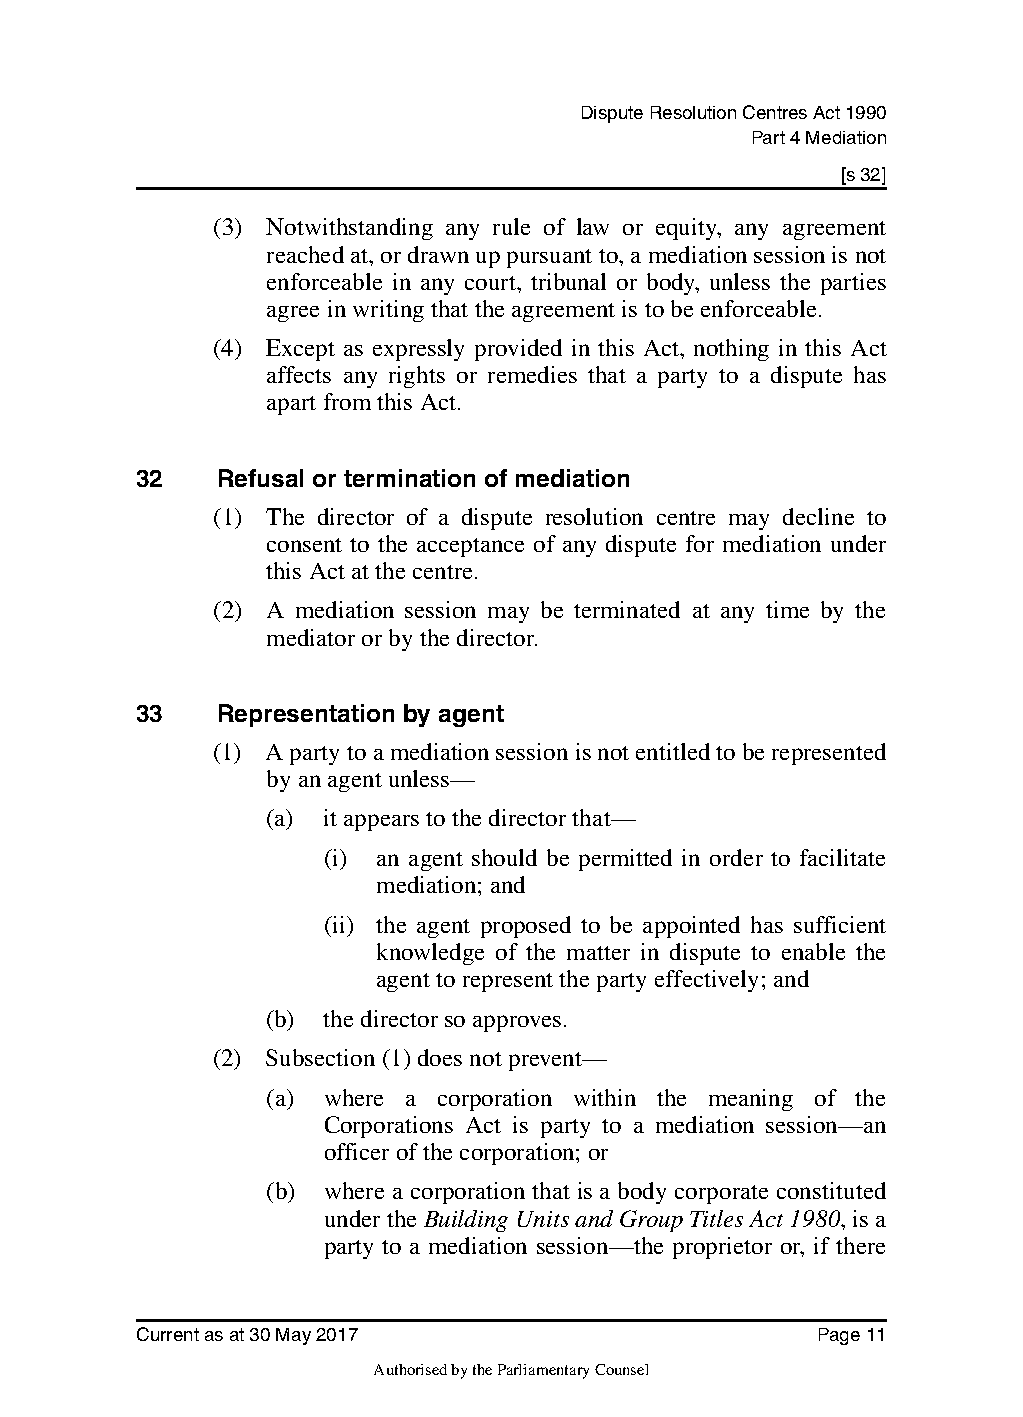
Dispute Resolution Centres Act 1990
 Part 4 Mediation
 [s 32]
 (3) Notwithstanding any rule of law or equity, any agreement
 reached at, or drawn up pursuant to, a mediation session is not
 enforceable in any court, tribunal or body, unless the parties
 agree in writing that the agreement is to be enforceable.
 (4) Except as expressly provided in this Act, nothing in this Act
 affects any rights or remedies that a party to a dispute has
 apart from this Act.
 32    Refusal or termination of mediation
 (1) The director of a dispute resolution centre may decline to
 consent to the acceptance of any dispute for mediation under
 this Act at the centre.
 (2) A mediation session may be terminated at any time by the
 mediator or by the director.
 33    Representation by agent
 (1) A party to a mediation session is not entitled to be represented
 by an agent unless—
 (a) it appears to the director that—
 (i) an agent should be permitted in order to facilitate
 mediation; and
 (ii) the agent proposed to be appointed has sufficient
 knowledge of the matter in dispute to enable the
 agent to represent the party effectively; and
 (b) the director so approves.
 (2) Subsection (1) does not prevent—
 (a) where a corporation within the meaning of the
 Corporations Act is party to a mediation session—an
 officer of the corporation; or
 (b) where a corporation that is a body corporate constituted
 under the Building Units and Group Titles Act 1980, is a
 party to a mediation session—the proprietor or, if there
 Current as at 30 May 2017                    Page 11
 Authorised by the Parliamentary Counsel